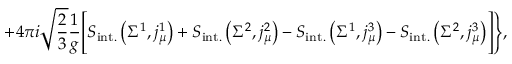
+ 4 \pi i \sqrt { \frac 2 3 } \frac { 1 } { g } \Biggl [ S _ { \mathrm { i n t . } } \left( \Sigma ^ { 1 } , j _ { \mu } ^ { 1 } \right) + S _ { \mathrm { i n t . } } \left( \Sigma ^ { 2 } , j _ { \mu } ^ { 2 } \right) - S _ { \mathrm { i n t . } } \left( \Sigma ^ { 1 } , j _ { \mu } ^ { 3 } \right) - S _ { \mathrm { i n t . } } \left( \Sigma ^ { 2 } , j _ { \mu } ^ { 3 } \right) \Biggr ] \Biggr \} ,